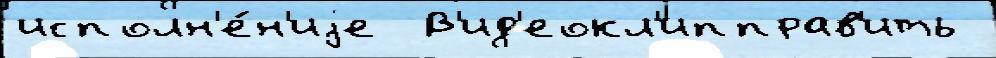
исполн'е́н'иjе  В'ид'еокл'ипправ'ить